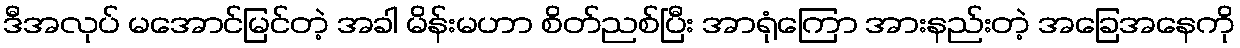
ဒီအလုပ် မအောင်မြင်တဲ့ အခါ မိန်းမဟာ စိတ်ညစ်ပြီး အာရုံကြော အားနည်းတဲ့ အခြေအနေကို